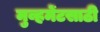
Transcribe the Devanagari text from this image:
मुव्हमेंटसाठी